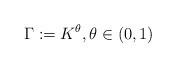
LaTeX: \begin{align*} \Gamma:=K^{\theta},\theta \in(0,1) \end{align*}